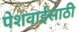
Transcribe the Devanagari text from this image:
पेशवाईसाठी